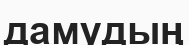
дамудың